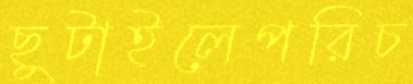
ছুটাইলেপরিচ